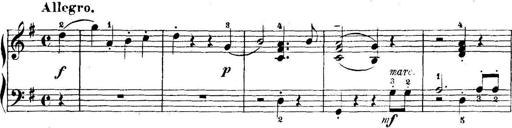
Title: 5 Sonatinas
Composer: Theodor Kirchner